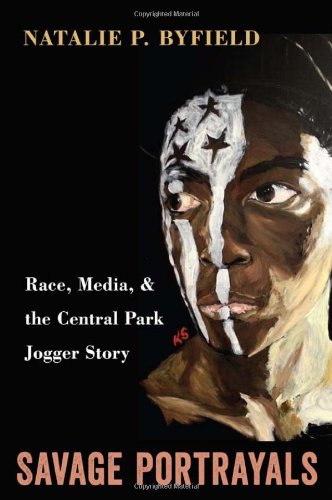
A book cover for Savage Portrayals: Race, Media and the Central Park Jogger Story; Natalie Byfield; Politics & Social Sciences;